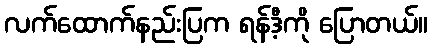
လက်ထောက်နည်းပြက ရန်ဒီ့ကို ပြောတယ်။